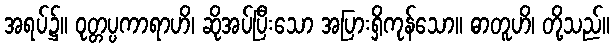
အရပ်၌။ ဝုတ္တပ္ပကာရာဟိ၊ ဆိုအပ်ပြီးသော အပြားရှိကုန်သော။ ဓာတူဟိ၊ တို့သည်။